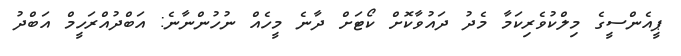
ޕީއެންސީގެ މިލްކުވެރިކަމާ މެދު ދައުވާކޮށް ކޯޓަށް ދާނެ މީހެއް ނުހުންނާނެ: އަބްދުއްރަހީމް އަބްދު